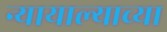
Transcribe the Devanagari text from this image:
न्यायाल्याच्या